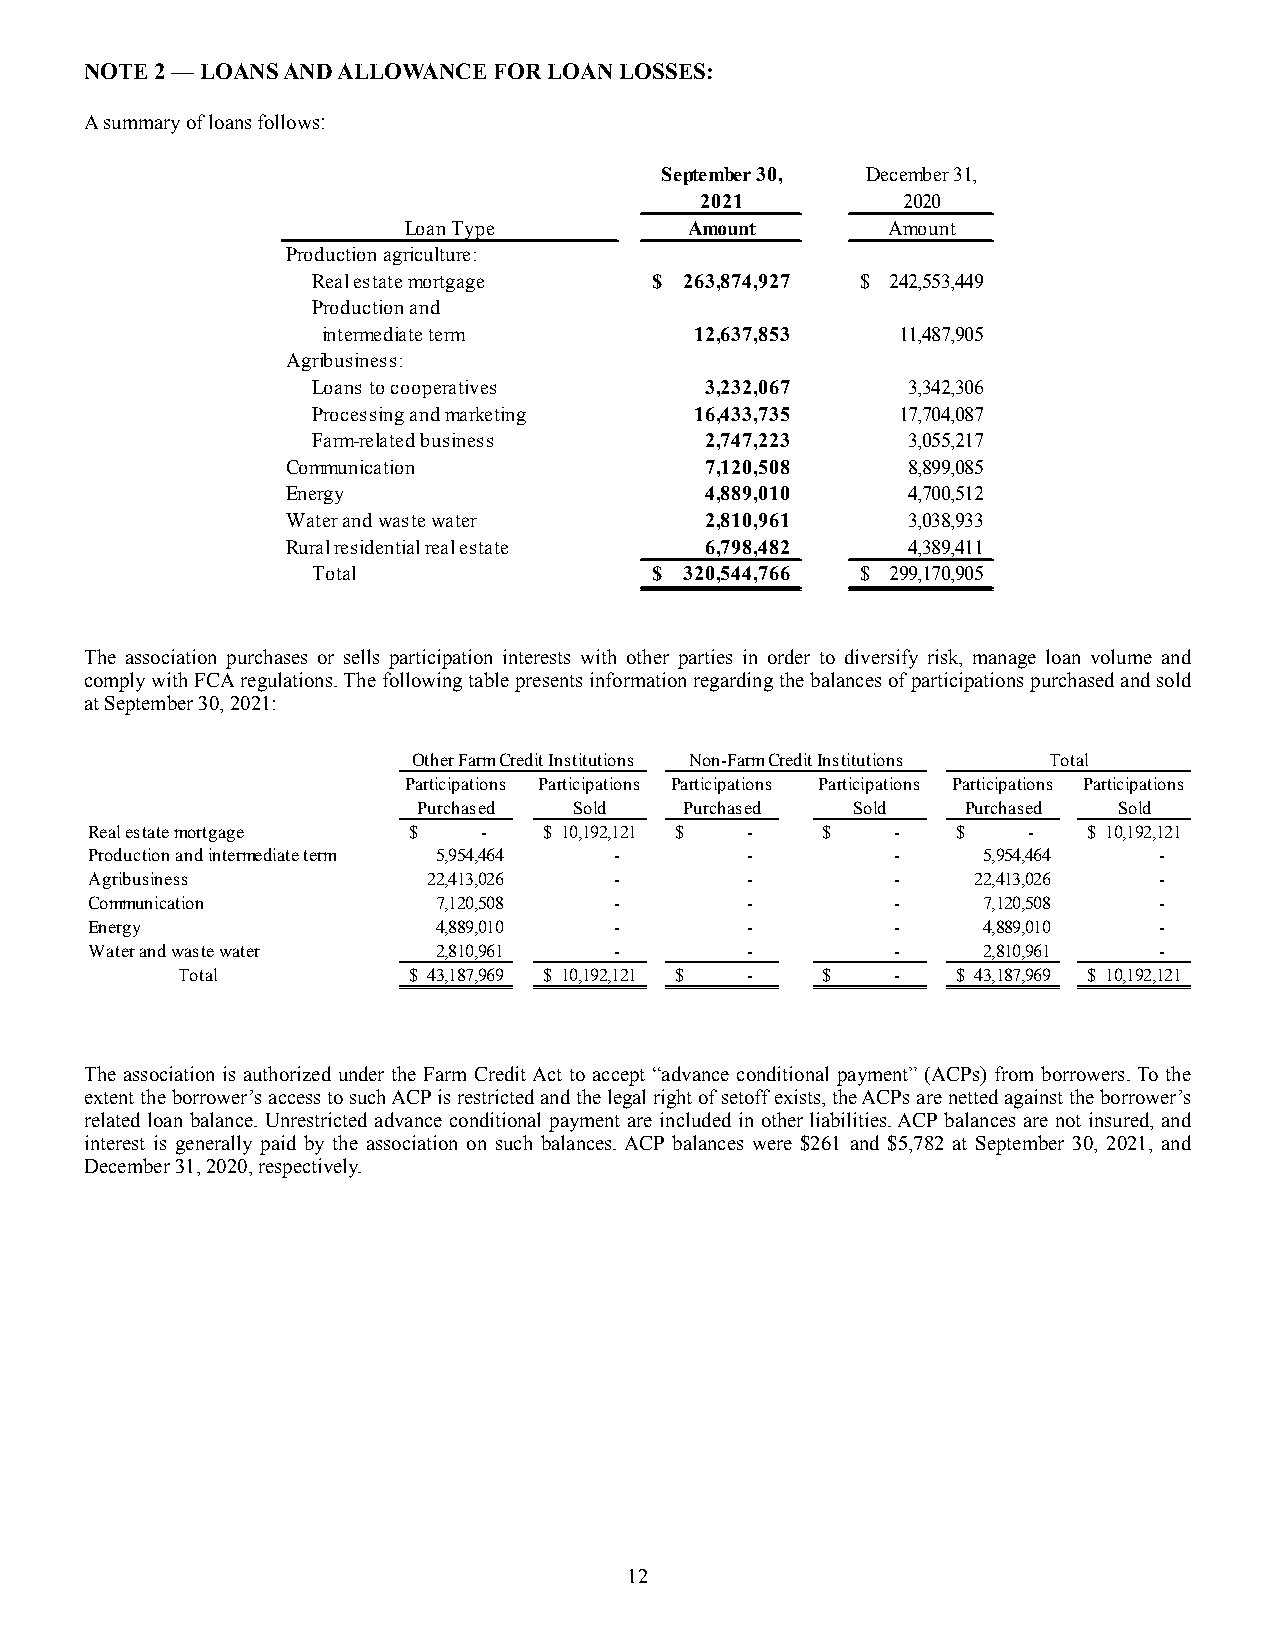
NOTE 2 — LOANS AND ALLOWANCE FOR LOAN LOSSES:
 A summary of loans follows:
 September 30, December 31,
 2021          2020
 Loan Type          Amount       Amount
 Production agriculture:
 Real estate mortgage  $ 263,874,927 $ 242,553,449
 Production and
 intermediate term        1 2,637,853  11,487,905
 Agribusiness:
 Loans to cooperatives     3,232,067    3,342,306
 Processing and marketing 1 6,433,735  17,704,087
 Farm-related business     2,747,223    3,055,217
 Communication               7,120,508    8,899,085
 Energy                      4,889,010    4,700,512
 Water and waste water       2,810,961    3,038,933
 Rural residential real estate 6,798,482  4,389,411
 Total                 $ 320,544,766 $ 299,170,905
 The association purchases or sells participation interests with other parties in order to diversify risk, manage loan volume and
 comply with FCA regulations. The following table presents information regarding the balances of participations purchased and sold
 at September 30, 2021:
 Other Farm Credit Institutions Non-Farm Credit Institutions Total
 Participations Participations Participations Participations Participations Participations
 Purchased Sold   Purchased   Sold   Purchased Sold
 Real estate mortgage $    -   $ 10,192,121 $ -  $    -   $    -   $ 10,192,121
 Production and intermediate term 5,954,464 - -       -     5,954,464   -
 Agribusiness          22,413,026   -       -         -     22,413,026  -
 Communication          7,120,508   -       -         -     7,120,508   -
 Energy                 4,889,010   -       -         -     4,889,010   -
 Water and waste water  2,810,961   -       -         -     2,810,961   -
 Total          $ 43,187,969 $ 10,192,121 $ - $ -   $ 43,187,969 $ 10,192,121
 The association is authorized under the Farm Credit Act to accept “advance conditional payment” (ACPs) from borrowers. To the
 extent the borrower’s access to such ACP is restricted and the legal right of setoff exists, the ACPs are netted against the borrower’s
 related loan balance. Unrestricted advance conditional payment are included in other liabilities. ACP balances are not insured, and
 interest is generally paid by the association on such balances. ACP balances were $261 and $5,782 at September 30, 2021, and
 December 31, 2020, respectively.
 12